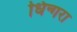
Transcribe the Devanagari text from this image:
धिन्गरा